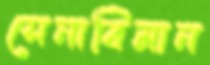
সেনাবিমান